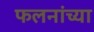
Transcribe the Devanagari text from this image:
फलनांच्या